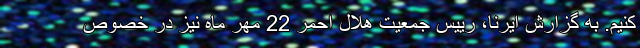
کنیم. به گزارش ایرنا، رییس جمعیت هلال احمر 22 مهر ماه نیز در خصوص